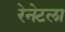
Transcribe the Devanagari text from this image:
रेनेटला